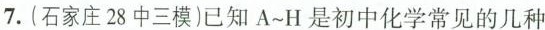
7. (石家庄 28 中三模)已知A~H是初中化学常见的几种